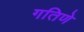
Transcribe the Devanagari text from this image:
गतिणे